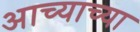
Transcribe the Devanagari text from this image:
आच्याच्या